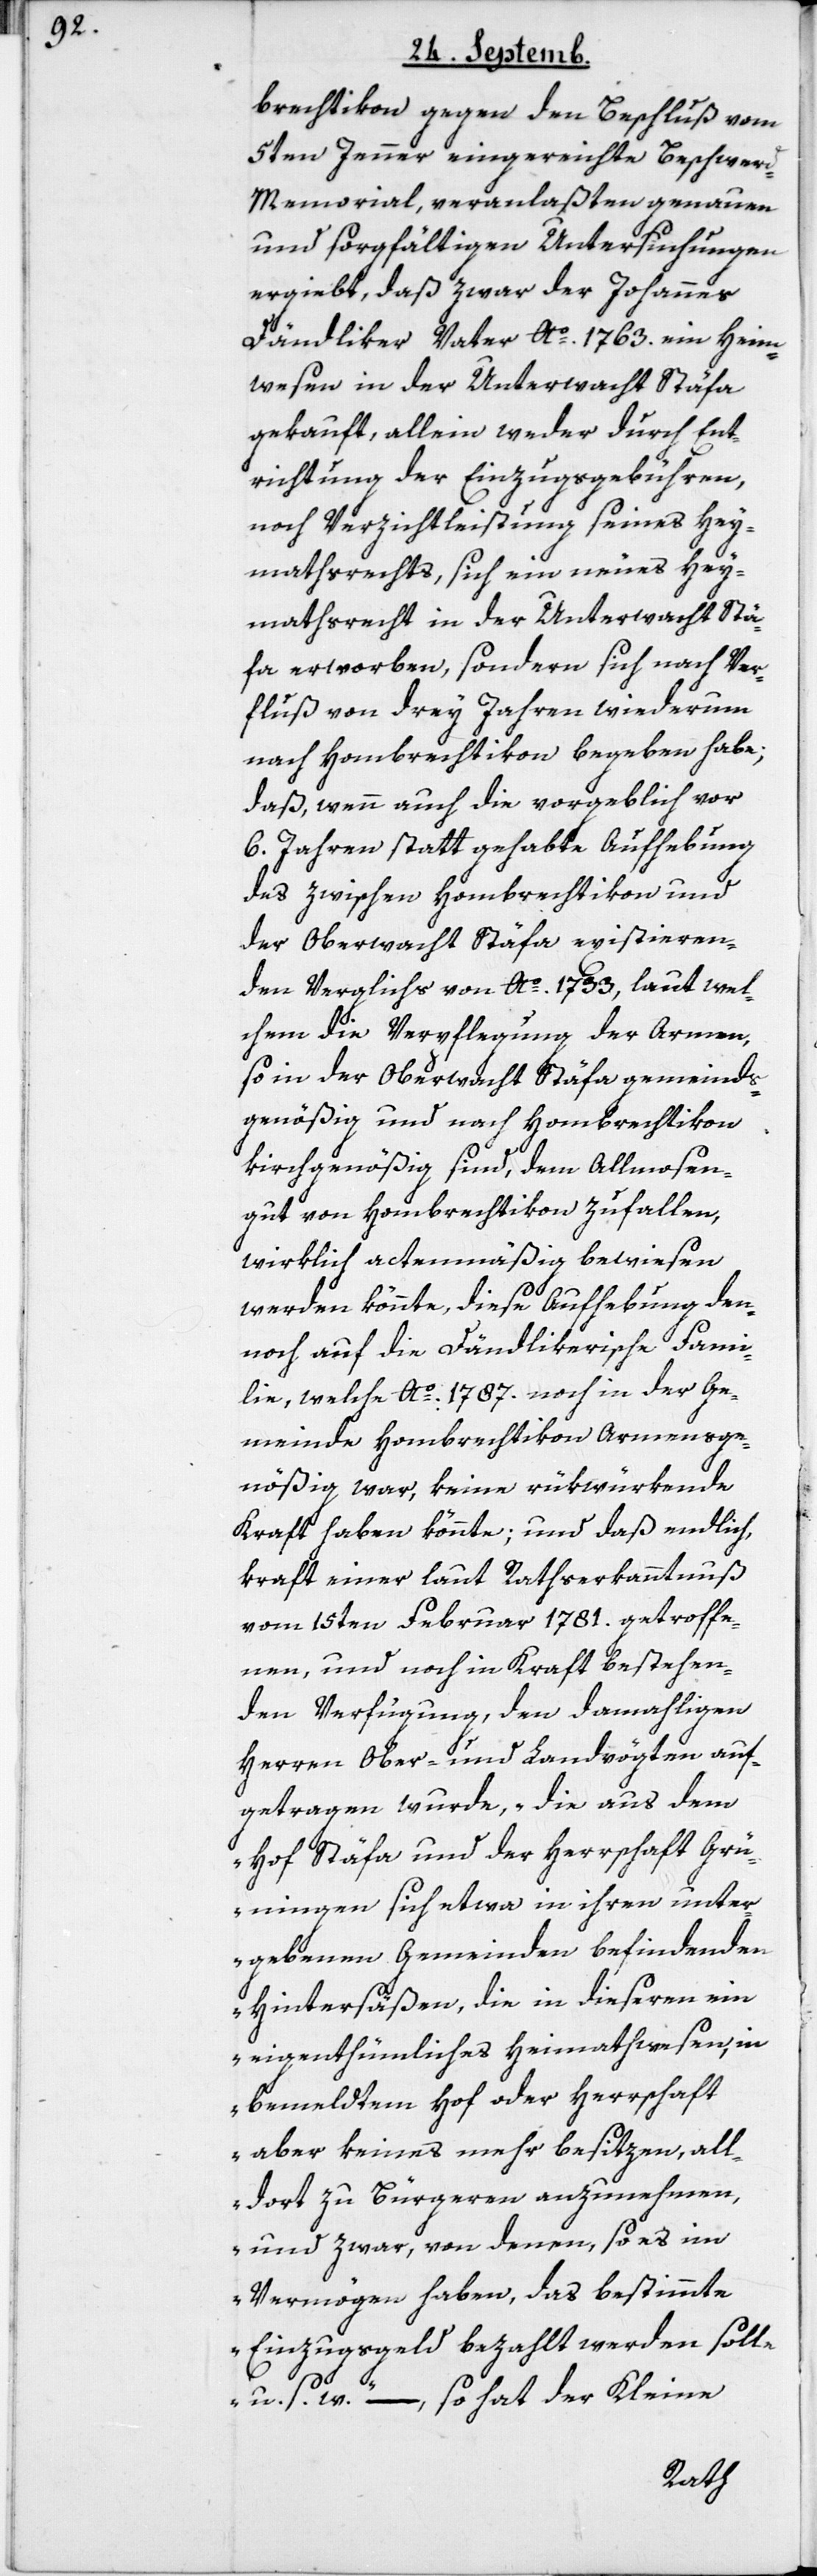
brechtikon gegen den Beschluß vom
5ten Jenner eingereichte Beschwer¬
d-Memorial, veranlaßten genauen
und sorgfältigen Untersuchungen
ergiebt, daß zwar der Johannes
Dändliker Vater Ao. 1763. ein Heim¬
wesen in der Unterwacht Stäfa
gekauft, allein weder durch Ent¬
richtung der Einzugsgebühren,
noch Verzichtleistung seines Hey¬
mathsrechts, sich ein neues Hey¬
mathsrecht in der Unterwacht Stä¬
fa erworben, sondern sich nach Ver¬
fluß von drey Jahren wiederum
nach Hombrechtikon begeben habe;
daß, wenn auch die vorgeblich vor
6. Jahren statt gehabte Aufhebung
des zwischen Hombrechtikon und
der Oberwacht Stäfa existieren¬
den Verglichs von Ao. 1733, laut wel¬
chem die Verpflegung der Armen,
so in der Oberwacht Stäfa gemeinds¬
genößig und nach Hombrechtikon
kirchgenößig sind, dem Allmosen¬
gut von Hombrechtikon zufallen,
wirklich actenmäßig bewiesen
werden könnte, diese Aufhebung den¬
noch auf die Dändlikerische Fami¬
lie, welche Ao. 1787. noch in der Ge¬
meinde Hombrechtikon Armensge¬
nößig war, keine rükwürkende
Kraft haben könnte, und daß endlich,
kraft einer laut Rathserkanntnuß
vom 15ten Februar 1781. getroffe¬
nen, und noch in Kraft bestehen¬
den Verfügung, den damahligen
Herren Ober- und Landvögten auf¬
getragen wurde, „die aus dem
Hof Stäfa und der Herrschaft Grü¬
ningen sich etwa in ihren unter¬
gebenen Gemeinden befindenden
Hintersäßen, die in dieseren ein
eigenthümliches Heimathwesen, in
bemeldtem Hof oder Herrschaft
aber keines mehr besitzen, all¬
dort zu Bürgeren anzunehmen,
und zwar, von denen, so es im
Vermögen haben, das bestimmte
Einzugsgeld bezahlt werden solle
u. s. w.“, – so hat der Kleine